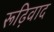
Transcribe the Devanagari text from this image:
रूढ़िवाद